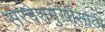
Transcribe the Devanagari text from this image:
सरदेशमुखीसाठी